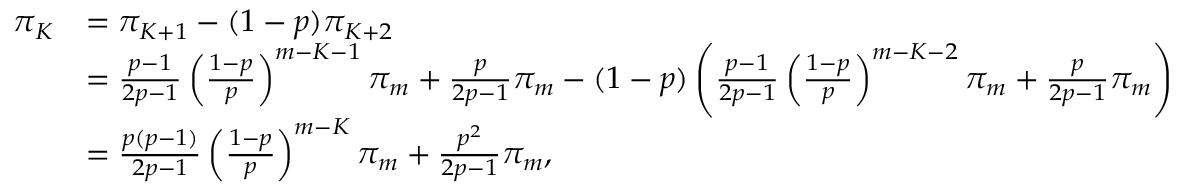
\begin{array} { r l } { \pi _ { K } } & { = \pi _ { K + 1 } - ( 1 - p ) \pi _ { K + 2 } } \\ & { = \frac { p - 1 } { 2 p - 1 } \left( \frac { 1 - p } { p } \right) ^ { m - K - 1 } \pi _ { m } + \frac { p } { 2 p - 1 } \pi _ { m } - ( 1 - p ) \left( \frac { p - 1 } { 2 p - 1 } \left( \frac { 1 - p } { p } \right) ^ { m - K - 2 } \pi _ { m } + \frac { p } { 2 p - 1 } \pi _ { m } \right) } \\ & { = \frac { p ( p - 1 ) } { 2 p - 1 } \left( \frac { 1 - p } { p } \right) ^ { m - K } \pi _ { m } + \frac { p ^ { 2 } } { 2 p - 1 } \pi _ { m } , } \end{array}